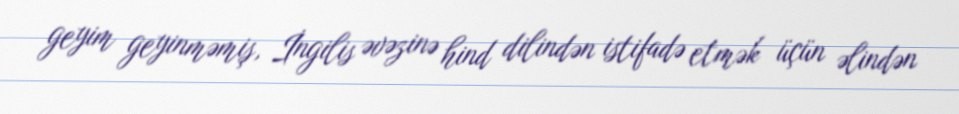
geyim geyinməmiş, İngilis əvəzinə hind dilindən istifadə etmək üçün əlindən